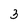
Character: 3